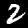
Digit: 2